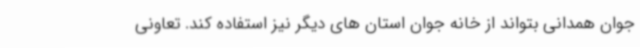
جوان همدانی بتواند از خانه جوان استان های دیگر نیز استفاده کند. تعاونی